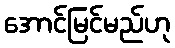
အောင်မြင်မည်ဟု